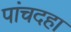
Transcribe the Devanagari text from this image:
पांचदहा